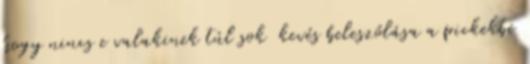
hogy nincs e valakinek túl sok kevés beleszólása a pickekbe